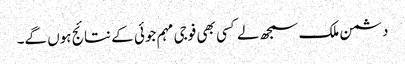
دشمن ملک سمجھ لے کسی بھی فوجی مہم جوئی کے نتائج ہوں گے۔